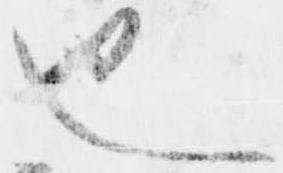
也